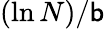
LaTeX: (\ln{N})/\mathsf{b}